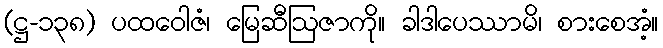
(ဋ္ဌ-၁၃၈) ပထဝေါဇံ၊ မြေဆီဩဇာကို။ ခါဒါပေဿာမိ၊ စားစေအံ့။